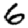
Digit: 6